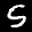
Label: 5